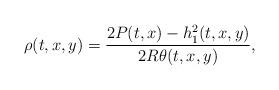
LaTeX: \begin{align*}\rho(t,x,y)=\frac{2P(t,x)-h_1^2(t,x,y)}{2R\theta(t,x,y)},\end{align*}